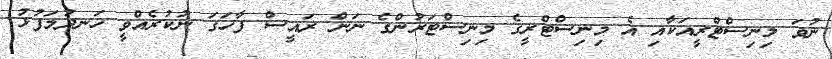
ނުވަ މިނިސްޓްރީއަކާއި އެ މިނިސްޓްރީގެ މިނިސްޓަރުންގެ ނަން ރައީސް ފާހަގަ ނުކުރެއްވީ ހަނދުމަފުޅު